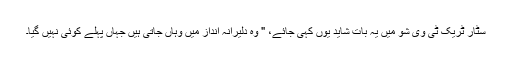
سٹار ٹریک ٹی وی شو میں یہ بات شاید یوں کہی جائے، " وہ دلیرانہ انداز میں وہاں جاتی ہیں جہاں پہلے کوئی نہیں گیا۔